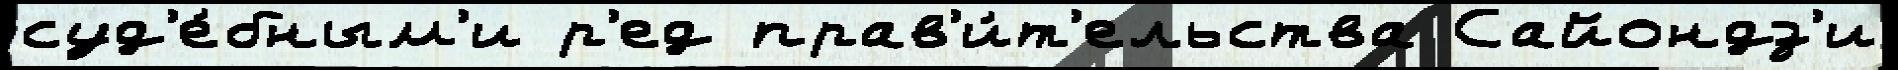
суд'е́бным'и р'ед прав'и́т'ельства Сайондз'и